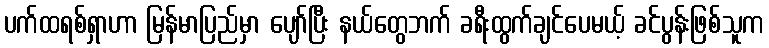
ပက်ထရစ်ရှာဟာ မြန်မာပြည်မှာ ပျော်ပြီး နယ်တွေဘက် ခရီးထွက်ချင်ပေမယ့် ခင်ပွန်းဖြစ်သူက